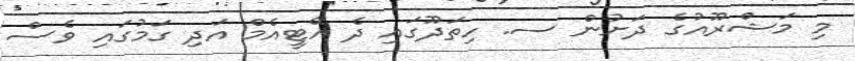
މި މަޝްރޫއުގެ ދަށުން ސ. ހިތަދޫގައި ދެ އޭޓީއެމް އަދި ގަމުގައި ވެސް